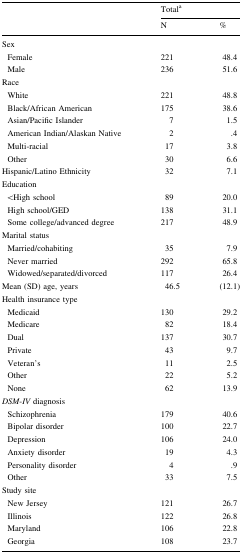
<table><thead><tr><td rowspan="2"></td><td colspan="2"><b>Total<sup>a</sup></b></td></tr><tr><td><b>N</b></td><td><b>%</b></td></tr></thead><tbody><tr><td colspan="3">Sex</td></tr><tr><td> Female</td><td>221</td><td>48.4</td></tr><tr><td> Male</td><td>236</td><td>51.6</td></tr><tr><td colspan="3">Race</td></tr><tr><td> White</td><td>221</td><td>48.8</td></tr><tr><td> Black/African American</td><td>175</td><td>38.6</td></tr><tr><td> Asian/Pacific Islander</td><td>7</td><td>1.5</td></tr><tr><td> American Indian/Alaskan Native</td><td>2</td><td>.4</td></tr><tr><td> Multi-racial</td><td>17</td><td>3.8</td></tr><tr><td> Other</td><td>30</td><td>6.6</td></tr><tr><td>Hispanic/Latino Ethnicity</td><td>32</td><td>7.1</td></tr><tr><td colspan="3">Education</td></tr><tr><td> &lt;High school</td><td>89</td><td>20.0</td></tr><tr><td> High school/GED</td><td>138</td><td>31.1</td></tr><tr><td> Some college/advanced degree</td><td>217</td><td>48.9</td></tr><tr><td colspan="3">Marital status</td></tr><tr><td> Married/cohabiting</td><td>35</td><td>7.9</td></tr><tr><td> Never married</td><td>292</td><td>65.8</td></tr><tr><td> Widowed/separated/divorced</td><td>117</td><td>26.4</td></tr><tr><td>Mean (SD) age, years</td><td>46.5</td><td>(12.1)</td></tr><tr><td colspan="3">Health insurance type</td></tr><tr><td> Medicaid</td><td>130</td><td>29.2</td></tr><tr><td> Medicare</td><td>82</td><td>18.4</td></tr><tr><td> Dual</td><td>137</td><td>30.7</td></tr><tr><td> Private</td><td>43</td><td>9.7</td></tr><tr><td> Veteran’s</td><td>11</td><td>2.5</td></tr><tr><td> Other</td><td>22</td><td>5.2</td></tr><tr><td> None</td><td>62</td><td>13.9</td></tr><tr><td colspan="3"><i>DSM</i>-<i>IV</i> diagnosis</td></tr><tr><td> Schizophrenia</td><td>179</td><td>40.6</td></tr><tr><td> Bipolar disorder</td><td>100</td><td>22.7</td></tr><tr><td> Depression</td><td>106</td><td>24.0</td></tr><tr><td> Anxiety disorder</td><td>19</td><td>4.3</td></tr><tr><td> Personality disorder</td><td>4</td><td>.9</td></tr><tr><td> Other</td><td>33</td><td>7.5</td></tr><tr><td colspan="3">Study site</td></tr><tr><td> New Jersey</td><td>121</td><td>26.7</td></tr><tr><td> Illinois</td><td>122</td><td>26.8</td></tr><tr><td> Maryland</td><td>106</td><td>22.8</td></tr><tr><td> Georgia</td><td>108</td><td>23.7</td></tr></tbody></table>